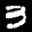
Label: 3